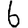
Digit: 6